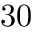
3 0